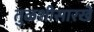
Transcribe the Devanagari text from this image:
तुळशीसारखे